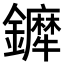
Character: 𨯇